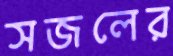
সজলের